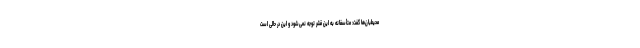
محیطبان‌ها گفت: متأسفانه به این قشر توجه نمی‌شود و این در حالی است